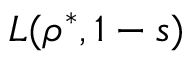
L ( \rho ^ { * } , 1 - s )